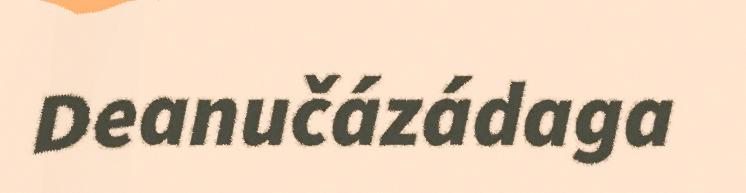
Deanučázádaga